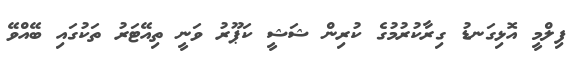
ފިލްމީ އޮޅިގަނޑު ގިރާކުރުމުގެ ކުރިން ޝަޝީ ކަޕޫރު ވަނީ ތިއޭޓަރު ތަކުގައި ބޭއްވޭ